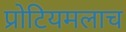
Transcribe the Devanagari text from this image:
प्रोटियमलाच